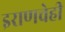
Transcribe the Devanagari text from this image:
इराणचेही